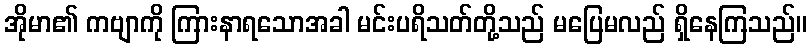
အိုမာ၏ ကဗျာကို ကြားနာရသောအခါ မင်းပရိသတ်တို့သည် မပြေမလည် ရှိနေကြသည်။